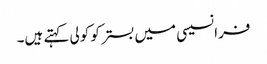
فرانسیسی میں بستر کو کولی کہتے ہیں۔